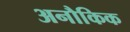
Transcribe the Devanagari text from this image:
अनौकिक